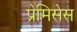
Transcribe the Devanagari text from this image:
प्रेमिसेस